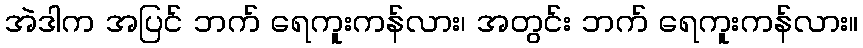
အဲဒါက အပြင် ဘက် ရေကူးကန်လား၊ အတွင်း ဘက် ရေကူးကန်လား။